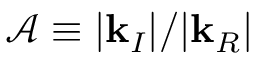
\mathcal { A } \equiv | \mathbf { k } _ { I } | / | \mathbf { k } _ { R } |